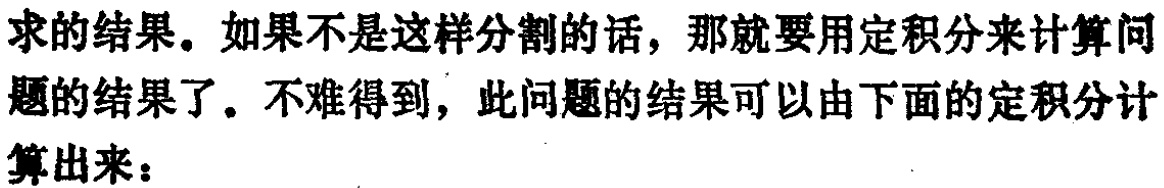
求的结果。如果不是这样分割的话，那就要用定积分来计算问题的结果了。不难得到，此问题的结果可以由下面的定积分计算出来：